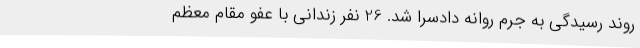
روند رسیدگی به جرم روانه دادسرا شد. 26 نفر زندانی با عفو مقام معظم